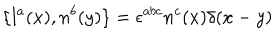
\{ l ^ { a } ( x ) , n ^ { b } ( y ) \} = \epsilon ^ { a b c } n ^ { c } ( x ) \delta ( x - y )